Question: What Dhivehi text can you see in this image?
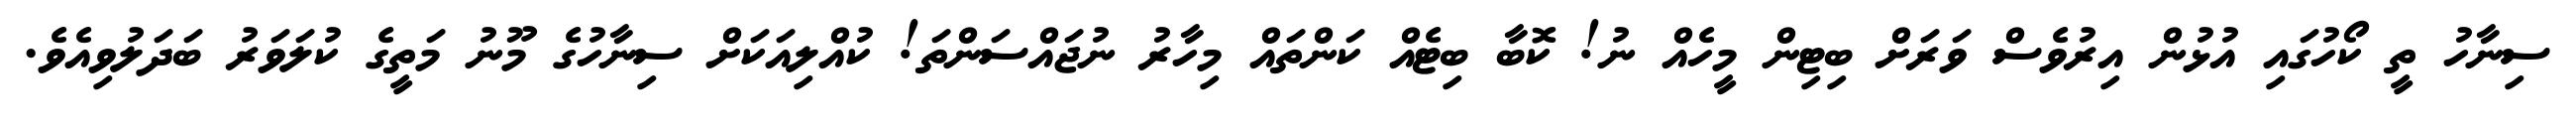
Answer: ސިނާހު ތީ ކޯހުގައި އުޅުން އިރުވެސް ވަރަށް ބިޓިން މީހެއް ނު! ކޮބާ ބިޓެއް ކަންތައް މިހާރު ނުޖައްސަންތަ! ކުއްލިއަކަށް ސިނާހުގެ މޫނު މަތީގެ ކުލަވަރު ބަދަލުވިއެވެ.